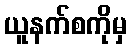
ယူနက်စကိုမှ